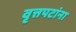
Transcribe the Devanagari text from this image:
वृत्तपटांना